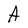
Character: A